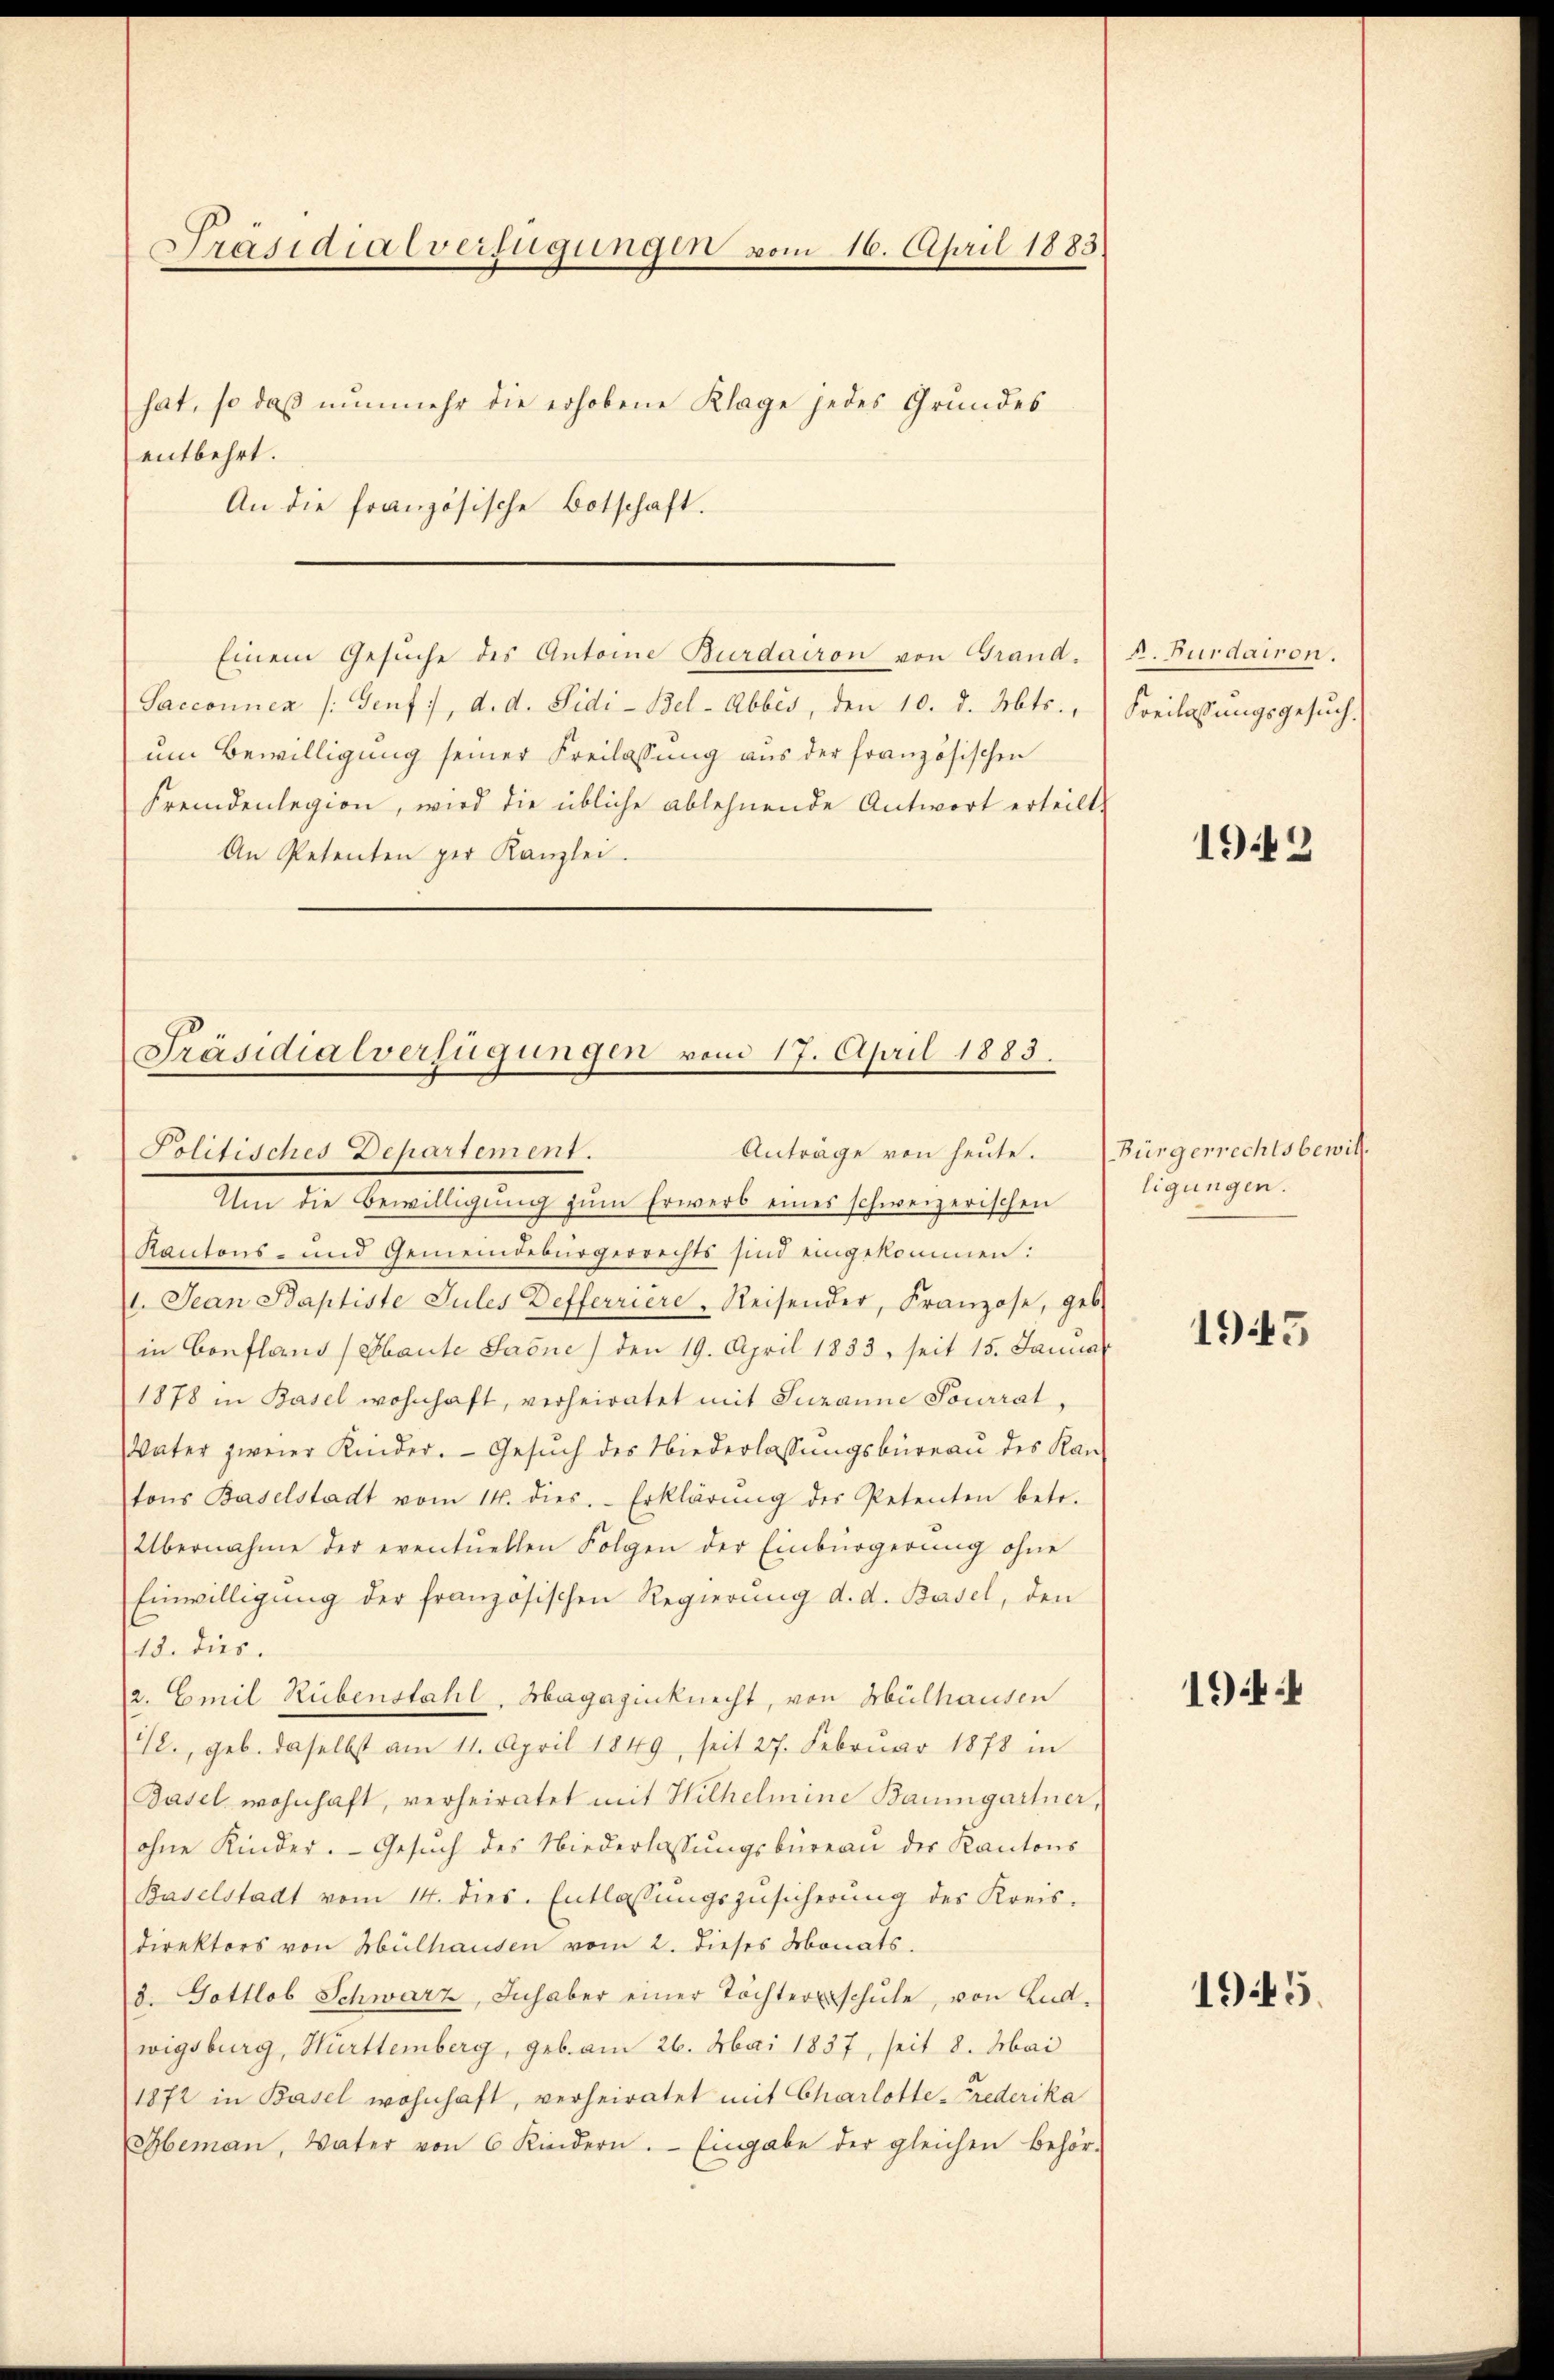
Präsidialverfügungen vom 16. April 1883
hat, so daß nunmehr die erhobene Klage jedes Grundes
entbehrt.
An die französische Botschaft.

Einem Gesuche des Antoine Burdairon von Grand¬
Sacconnen (Genf), d. d. Sidi-Bel-Abbes, den 10. d. Mts.,
um Bewilligung seiner Freilassung aus der französischen
Fremdenlegion, wird die übliche ablehnende Antwort erteilt,
An Petenten per Kanzlei.

Präsidialverfügungen vom 17. April 1883.
Anträge von heute.
Politisches Departement.

Um die Bewilligŭng zŭm Erwerb eines schweizerischen
Kantons- und Gemeindebürgerrechts sind eingekommen:
1. Jean Baptiste Jules Defferriere Reisender, Franzose, geb.
in Confland (Haute Sacne) den 19. April 1833, seit 15. Januar
1878 in Basel wohnhaft, verheiratet mit Susanne Sourrat,
Vater zweier Kinder. Gesŭch des Niederlassŭngsbüreau des Kan-
tons Baselstadt vom 14. dies. Erklärŭng des Petenten betr.
Übernahme der eventuellen Folgen der Einbürgerŭng ohne
Einwilligung der französischen Regierung d. d. Basel, den
19. dies
a. Emil Rübenstahl, Magazinknecht, von Mülhausen
12., geb. daselbst am 11. April 1849, seit 27. Februar 1878 in
Basel wohnhaft, verheiratet mit Wilhelmine Baumgartner,
ohne Kinder. Gesŭch des Niederlassŭngsbüreau des Kantons
(Baselstadt vom 14. dies. Entlassŭngszŭsicherŭng des Kreis-
direktors von Mülhausen vom 2. dieses Monats.
d. Gottlob Schwarz, Inhaber einer Töchterschŭle, von Ludwigsburg, Hürttemberg, geb. am 26. Mai 1837, seit 8. Mai
1872 in Basel wohnhaft, verheiratet mit Charlotte-Frederika
Hbemaṅ, Vater von 6 Kindern. Eingabe der gleichen Behör-

R. Furdairon.
Freilassungsgesuch.

1942

Bürgerrechtsbewill.
ligungen.

1943

19

1945.